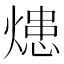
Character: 𤍲